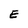
Character: E